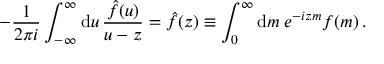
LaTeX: - \frac { 1 } { 2 \pi i } \int _ { - \infty } ^ { \infty } \mathrm { d } u \, \frac { \hat { f } ( u ) } { u - z } = \hat { f } ( z ) \equiv \int _ { 0 } ^ { \infty } \mathrm { d } m \: e ^ { - i z m } f ( m ) \, .